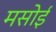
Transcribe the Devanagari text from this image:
मसोई